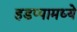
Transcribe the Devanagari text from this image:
हडप्पामध्ये